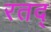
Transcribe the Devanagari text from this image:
रतद्